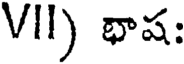
VII) భాష: